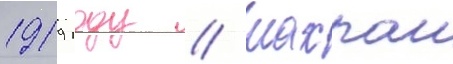
1919 году // Шахраи